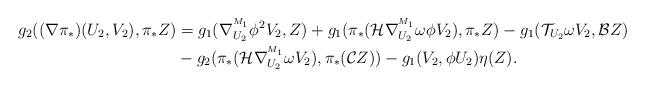
LaTeX: \begin{align*}g_{2}((\nabla\pi_*)(U_{2},V_{2}),\pi_*Z)&=g_{1}(\nabla^{^{M_1}}_{U_{2}}\phi^{2}V_{2},Z)+g_{1}(\pi_*(\mathcal{H}\nabla^{^{M_1}}_{U_{2}}\omega\phi V_{2}),\pi_*Z)-g_{1}(\mathcal{T}_{U_{2}}\omega V_{2},\mathcal{B}Z) \\&-g_{2}(\pi_*(\mathcal{H}\nabla^{^{M_1}}_{U_{2}}\omega V_{2}),\pi_*(\mathcal{C}Z))-g_{1}(V_{2},\phi U_{2})\eta(Z).\end{align*}